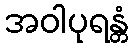
အဝါပုရန္တံ